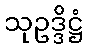
သုဥဒ္ဒိဋ္ဌံ